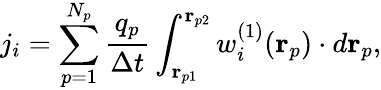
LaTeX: j_{i}=\sum_{p=1}^{N_{p}}\frac{q_{p}}{\Delta t}\int_{\mathbf{r}_{p1}}^{\mathbf{r}_{p2}}w_{i}^{(1)}(\mathbf{r}_{p})\cdot d\mathbf{r}_{p},